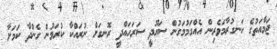
ޖަމާއަތުގެ ހަނގުރާމަވެރިން އެއްގަމުމަގުން ސައޫދީ ސަރަހައްދީ ރޮނގަށް ނުރައްކާ ކުރަމުން ގެންދާ ކަމަށާ